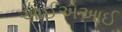
આઈએઆઈ